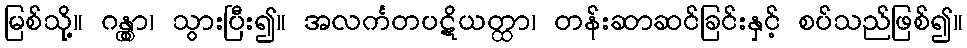
မြစ်သို့။ ဂန္တွာ၊ သွားပြီး၍။ အလင်္ကတပဋိယတ္ထာ၊ တန်းဆာဆင်ခြင်းနှင့် စပ်သည်ဖြစ်၍။